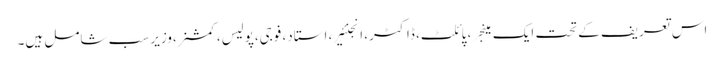
اس تعریف کے تحت ایک مینجر ، پائلٹ، ڈاکٹر، انجنئیر، استاد، فوجی،پولیس، کمشنر،وزیر سب شامل ہیں۔